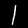
Digit: 1